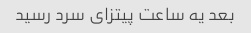
بعد یه ساعت پیتزای سرد رسید